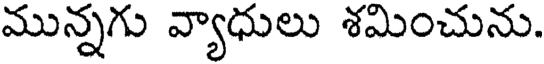
మున్నగు వ్యాధులు శమించును.